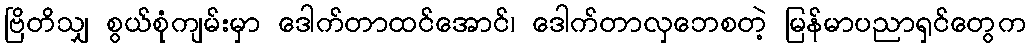
ဗြိတိသျှ စွယ်စုံကျမ်းမှာ ဒေါက်တာထင်အောင်၊ ဒေါက်တာလှဘေစတဲ့ မြန်မာပညာရှင်တွေက